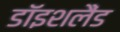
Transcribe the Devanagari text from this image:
डॉइशलैंड